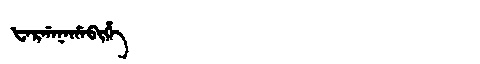
Manchu: ᡶᠠᡵᡤᠠᠨᠠᡥᠠᠪᡳᡥᡝ
Romanization: FARGANAHABIHE